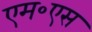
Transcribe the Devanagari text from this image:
एम॰एस